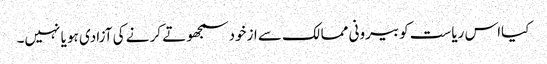
کیااس ریاست کو بیرونی ممالک سے ازخود سمجھوتے کر نے کی آزادی ہو یا نہیں۔